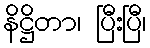
နိဋ္ဌိတာ၊ ပြီးပြီ၊